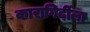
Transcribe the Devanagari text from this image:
कारागिर्दीला